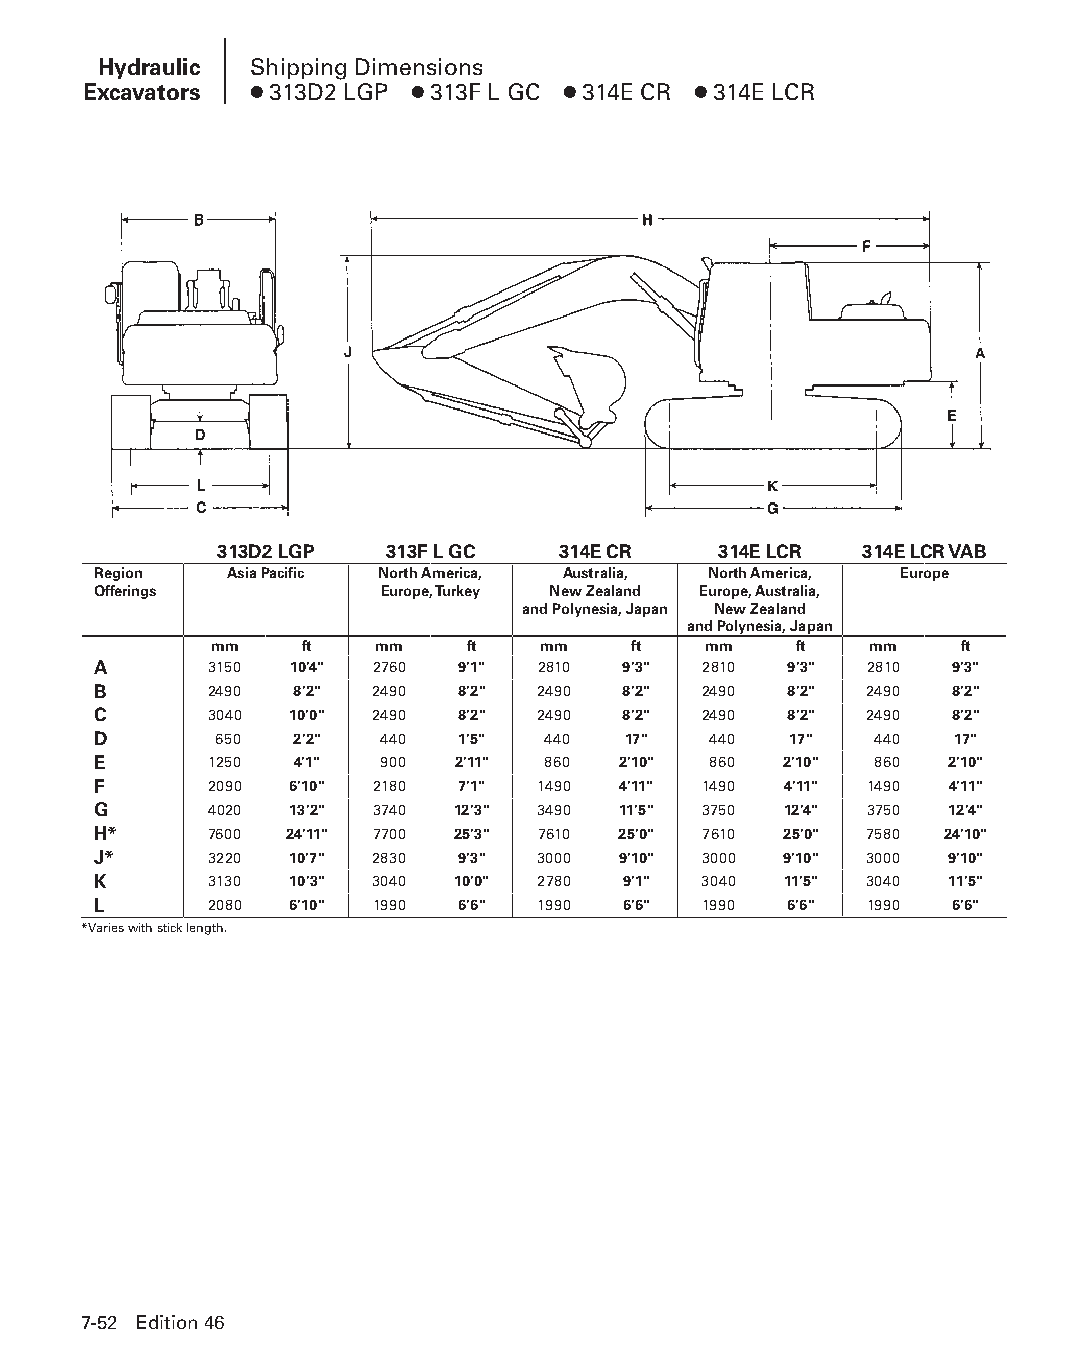
Hydraulic Shipping Dimensions
 Excavators ● 313D2 LGP ● 313F L GC ● 314E CR ● 314E LCR
 313D2 LGP  313F L GC  314E CR    314E LCR 314E LCR VAB
 Region  Asia Pacific North America, Australia, North America, Europe
 Offerings          Europe, Turkey New Zealand Europe, Australia,
 and Polynesia, Japan New Zealand
 and Polynesia, Japan
 mm    ft   mm    ft   mm    ft   mm    ft   mm    ft
 A      3150  10'4" 2760 9'1" 2810  9'3" 2810 9'3"  2810 9'3"
 B      2490  8'2" 2490  8'2" 2490  8'2" 2490 8'2"  2490 8'2"
 C      3040  10'0" 2490 8'2" 2490  8'2" 2490 8'2"  2490 8'2"
 D       650  2'2"  440  1'5" 440   17"  440   17"  440   17"
 E      1250  4'1"  900 2'11" 860  2'10" 860  2'10" 860  2'10"
 F      2090  6'10" 2180 7'1" 1490 4'11" 1490 4'11" 1490 4'11"
 G      4020  13'2" 3740 12'3" 3490 11'5" 3750 12'4" 3750 12'4"
 H*     7600 24'11" 7700 25'3" 7610 25'0" 7610 25'0" 7580 24'10"
 J*     3220  10'7" 2830 9'3" 3000 9'10" 3000 9'10" 3000 9'10"
 K      3130  10'3" 3040 10'0" 2780 9'1" 3040 11'5" 3040 11'5"
 L      2080  6'10" 1990 6'6" 1990  6'6" 1990 6'6"  1990 6'6"
 *Varies with stick length.
 7-52 Edition 46
 PPHHBB--SSeecc0077--HHyyddrraauulliiccEExxccaavvaattoorrss((ppgg000077--8888))..iinndddd 5522 1122//44//1155 1100::3355 AAMM